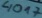
Text: 4017